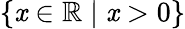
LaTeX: \{ \mathit{x}\in\mathbb{{R}}\mid\mathit{x}>0\}